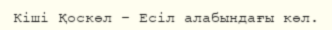
Кіші Қоскөл – Есіл алабындағы көл.